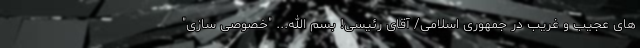
های عجیب و غریب در جمهوری اسلامی/ آقای رئیسی! بسم الله... "خصوصی سازی"